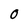
Character: O